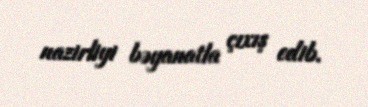
nazirliyi bəyanatla çıxış edib.